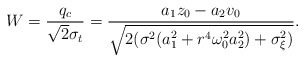
\begin{align*}W=\frac{q_c}{\sqrt{2}\sigma _t}=\frac{a_1z_0-a_2v_0}{\sqrt{2(\sigma^2(a_1^2+r^4{\omega _0^2}a_2^2)+\sigma _\xi ^2)}}.\end{align*}